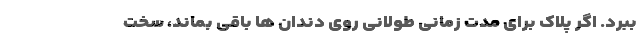
ببرد. اگر پلاک برای مدت زمانی طولانی روی دندان ها باقی بماند، سخت